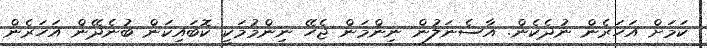
ކަމަށް އަހަރެން ނުދެކެން. އާސެނަލުން ނިންމަން ޖެހޭ ނިންމުމަކީ ކޮބައިކަން ބުނެދޭން އަހަރެން